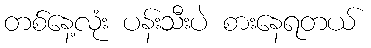
တစ်နေ့လုံး ပန်းသီးပဲ စားနေရတယ်